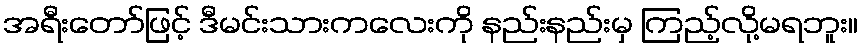
အရီးတော်ဖြင့် ဒီမင်းသားကလေးကို နည်းနည်းမှ ကြည့်လို့မရဘူး။